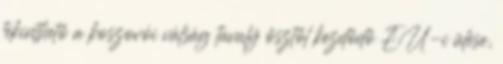
tekinthető a koszovói válság tavaly ősztől kezdődő EU-i ülése,